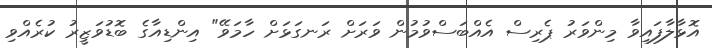
އޮޅާލާފައިވާ މިންވަރު ޕެރިސް އެއްބަސްވުމުން ވަރަށް ރަނގަޅަށް ހާމަވޭ" އިންޑިއާގެ ބޮޑުވަޒީރު ކުރެއްވި